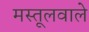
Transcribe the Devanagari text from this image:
मस्तूलवाले